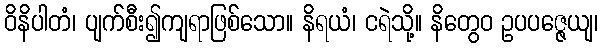
ဝိနိပါတံ၊ ပျက်စီး၍ကျရာဖြစ်သော။ နိရယံ၊ ငရဲသို့။ နိတွေဝ ဥပပဇ္ဇေယျ၊